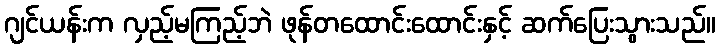
ဂျင်ယန်းက လှည့်မကြည့်ဘဲ ဖုန်တထောင်းထောင်းနှင့် ဆက်ပြေးသွားသည်။